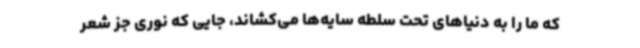
که ما را به دنیاهای تحت سلطه سایه‌ها می‌کشاند، جایی که نوری جز شعر